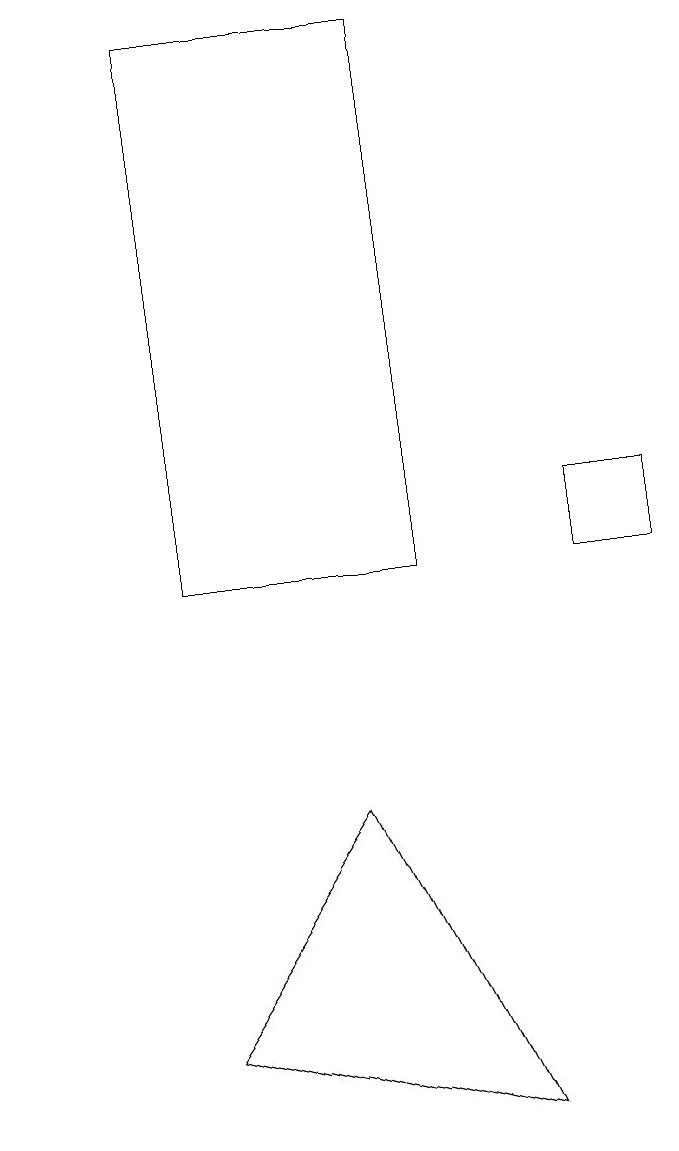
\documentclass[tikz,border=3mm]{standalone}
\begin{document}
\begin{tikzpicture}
\draw (6,18) rectangle (3,11);
\draw (1,16) rectangle (1,16);
\draw (3,5) -- (7,4) -- (5,8) -- cycle;
\draw (8,11) rectangle (9,12);
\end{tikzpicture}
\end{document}